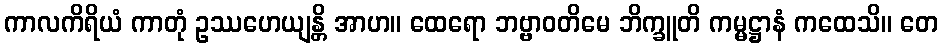
ကာလကိရိယံ ကာတုံ ဥဿဟေယျန္တိ အာဟ။ ထေရော ဘဗ္ဗာဝတိမေ ဘိက္ခူတိ ကမ္မဋ္ဌာနံ ကထေသိ။ တေ